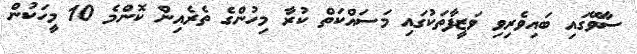
ސާވޭގައި ބައިވެރިވި ވަޒީފާތަކުގައި މަސައްކަތް ކުރާ މިހުންގެ ތެރެއިން ކޮންމެ 10 މީހަކުން